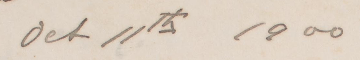
Oct 11th 1900